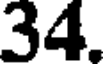
34.